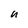
Character: u